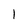
Character: I